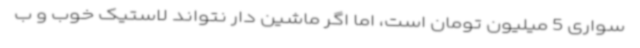
سواری 5 میلیون تومان است، اما اگر ماشین دار نتواند لاستیک خوب و ب